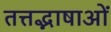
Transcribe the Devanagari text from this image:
तत्तद्भाषाओं